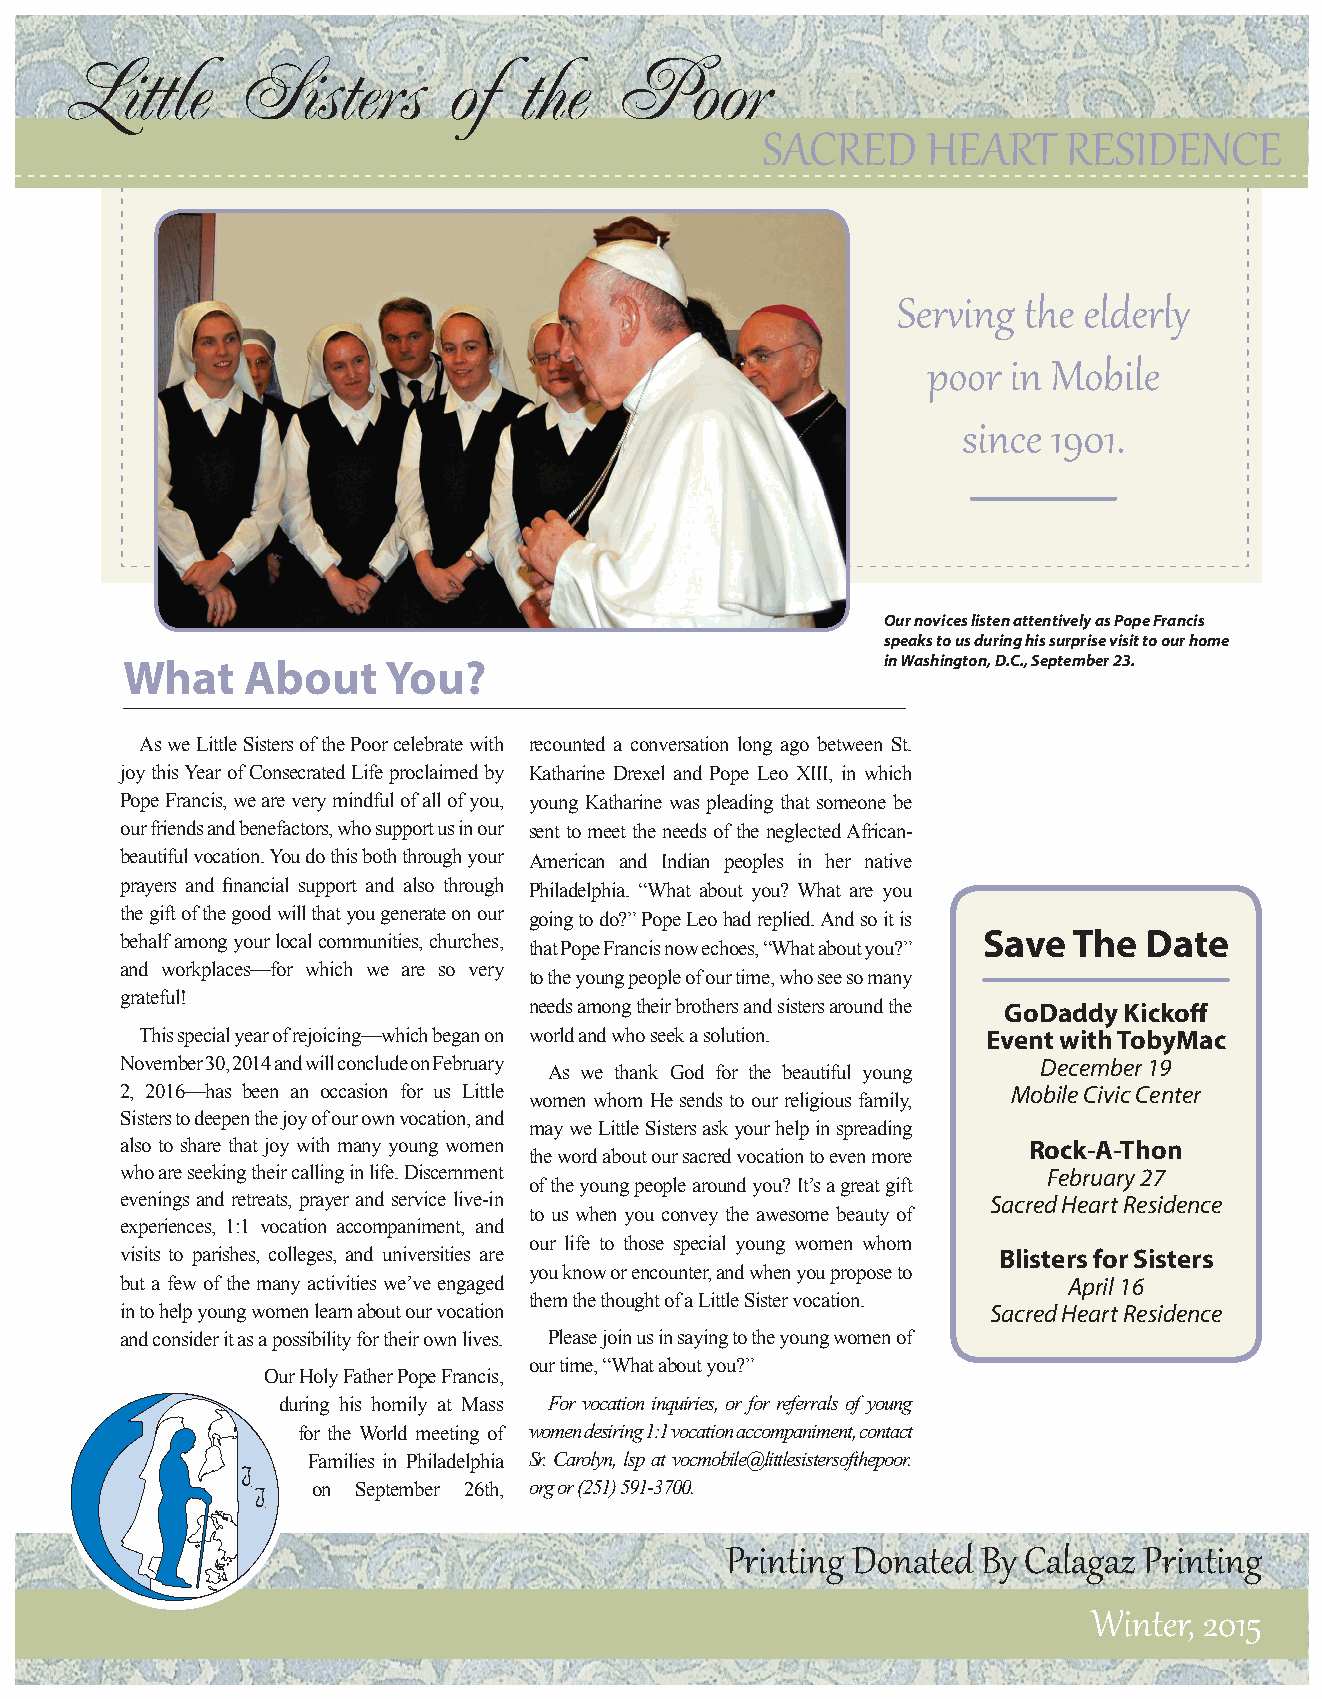
Little      Sisters       of   the   Poor
 SACRED     HEART    RESIDENCE
 Serving the elderly
 poor in Mobile
 since 1901.
 Our novices listen attentively as Pope Francis
 speaks to us during his surprise visit to our home
 What     About    You?                             in Washington, D.C., September 23.
 As we Little Sisters of the Poor celebrate with recounted a conversation long ago between St.
 joy this Year of Consecrated Life proclaimed by Katharine Drexel and Pope Leo XIII, in which
 Pope Francis, we are very mindful of all of you, young Katharine was pleading that someone be
 our friends and benefactors, who support us in our sent to meet the needs of the neglected African-
 beautiful vocation. You do this both through your American and Indian peoples in her native
 prayers and financial support and also through Philadelphia. “What about you? What are you
 the gift of the good will that you generate on our going to do?” Pope Leo had replied. And so it is
 behalf among your local communities, churches,           Save  The  Date
 that Pope Francis now echoes, “What about you?”
 and workplaces—for which we are so very
 to the young people of our time, who see so many
 grateful!
 needs among their brothers and sisters around the GoDaddy Kickoff
 This special year of rejoicing—which began on world and who seek a solution. Event with TobyMac
 November 30, 2014 and will conclude on February              December 19
 As we thank God for the beautiful young
 2, 2016—has been an occasion for us Little                 Mobile Civic Center
 women whom He sends to our religious family,
 Sisters to deepen the joy of our own vocation, and
 may we Little Sisters ask your help in spreading
 also to share that joy with many young women                Rock-A-Thon
 the word about our sacred vocation to even more
 who are seeking their calling in life. Discernment            February 27
 of the young people around you? It’s a great gift
 evenings and retreats, prayer and service live-in         Sacred Heart Residence
 to us when you convey the awesome beauty of
 experiences, 1:1 vocation accompaniment, and
 our life to those special young women whom
 visits to parishes, colleges, and universities are        Blisters for Sisters
 you know or encounter, and when you propose to
 but a few of the many activities we’ve engaged                 April 16
 them the thought of a Little Sister vocation.
 in to help young women learn about our vocation           Sacred Heart Residence
 and consider it as a possibility for their own lives. Please join us in saying to the young women of
 our time, “What about you?”
 Our Holy Father Pope Francis,
 during his homily at Mass For vocation inquiries, or for referrals of young
 for the World meeting of women desiring 1:1 vocation accompaniment, contact
 Families in Philadelphia Sr. Carolyn, lsp at vocmobile@littlesistersofthepoor.
 on September 26th, org or (251) 591-3700.
 Printing Donated By Calagaz Printing
 Winter, 2015